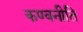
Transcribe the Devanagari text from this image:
कण्वनीति